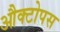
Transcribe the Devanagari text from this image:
औक्टोपस